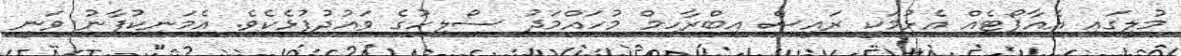
މުލީގައި އެއާޕޯޓެއް އެޅުމަކީ ރައީސް އިބްރާހިމް މުހައްމަދު ސޯލިހުގެ ވައުދުފުޅެކެވެ. އެމަނިކުފާނު ވަނީ